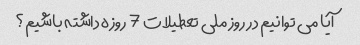
آیا می توانیم در روز ملی تعطیلات 7 روزه داشته باشیم؟